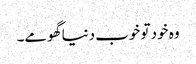
وہ خود تو خوب دنیا گھومے۔